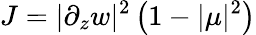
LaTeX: J=|\partial_{z}w|^{2}\left(1-|\mu|^{2}\right)